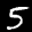
Label: 5